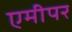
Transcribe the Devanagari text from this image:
एमीपर